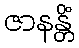
ဇာနန္တိံ